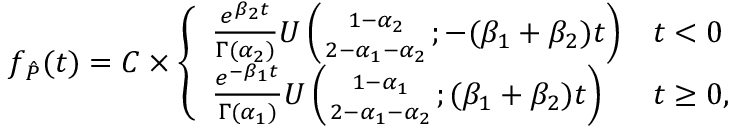
f _ { \hat { P } } ( t ) = C \times \left\{ \begin{array} { l l } { \frac { e ^ { \beta _ { 2 } t } } { \Gamma ( \alpha _ { 2 } ) } U \left( { 1 - \alpha _ { 2 } \atop 2 - \alpha _ { 1 } - \alpha _ { 2 } } ; - ( \beta _ { 1 } + \beta _ { 2 } ) t \right) } & { t < 0 } \\ { \frac { e ^ { - \beta _ { 1 } t } } { \Gamma ( \alpha _ { 1 } ) } U \left( { 1 - \alpha _ { 1 } \atop 2 - \alpha _ { 1 } - \alpha _ { 2 } } ; ( \beta _ { 1 } + \beta _ { 2 } ) t \right) } & { t \geq 0 , } \end{array} \right.